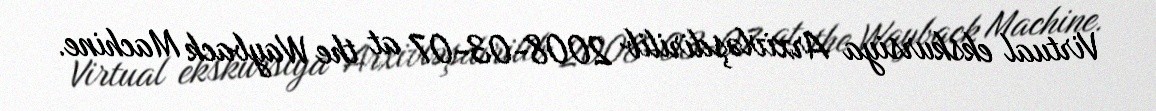
Virtual ekskursiya Arxivləşdirilib 2008-03-07 at the Wayback Machine.